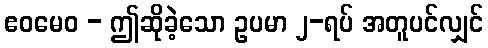
ဧဝမေဝ - ဤဆိုခဲ့သော ဥပမာ ၂-ရပ် အတူပင်လျှင်